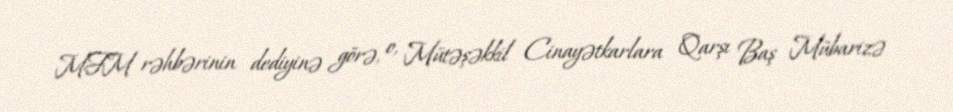
MFM rəhbərinin dediyinə görə, o, Mütəşəkkil Cinayətkarlara Qarşı Baş Mübarizə